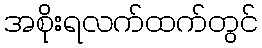
အစိုးရလက်ထက်တွင်